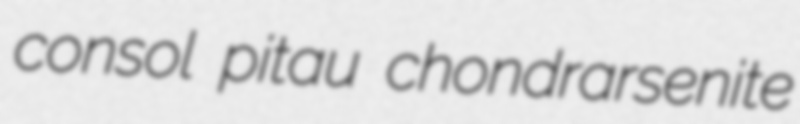
consol pitau chondrarsenite